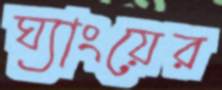
ঘ্যাংয়ের